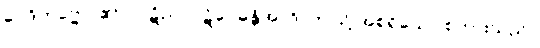
ဝေဒိတဗ္ဗော၊ ၏။) ပဋိညာပဋိဝေဓန္တိအာဒိ၊ ဤသို့ အစရှိသော စကားသည်။